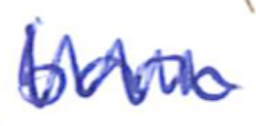
Text: born
Cross-out: mix
Writing tool: ballpoint